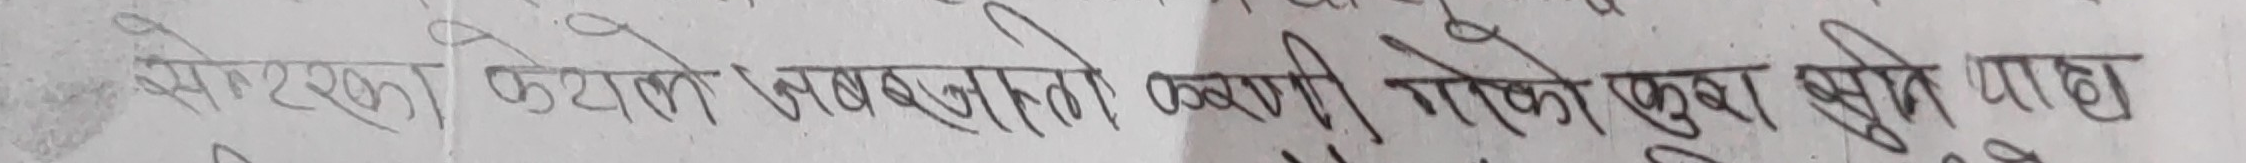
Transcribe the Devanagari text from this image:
सम्बन्ध, फटालेर लम्वत्याएको, वाणी गरेको कुरा सुते पाठ